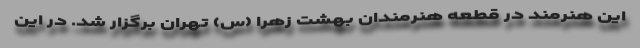
این هنرمند در قطعه هنرمندان بهشت زهرا (س) تهران برگزار شد. در این